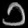
Digit: ၁